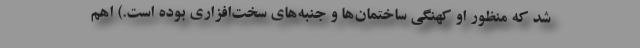
شد که منظور او کهنگی ساختمان‌ها و جنبه‌های سخت‌افزاری بوده است.) اهم